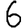
Digit: 6